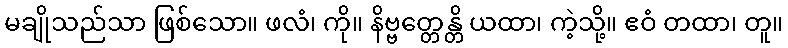
မချိုသည်သာ ဖြစ်သော။ ဖလံ၊ ကို။ နိဗ္ဗတ္တေန္တိ ယထာ၊ ကဲ့သို့။ ဧဝံ တထာ၊ တူ။